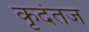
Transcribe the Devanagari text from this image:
कृदंतज